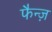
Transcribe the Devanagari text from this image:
फैन्ज़